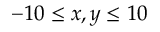
- 1 0 \leq x , y \leq 1 0